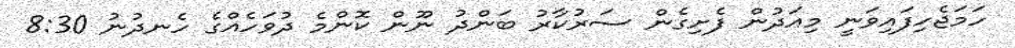
ހަމަޖެހިފައިވަނީ މިއަދުން ފެށިގެން ސަރުކާރު ބަންދު ނޫން ކޮންމެ ދުވަހެއްގެ ހެނދުނު 8:30